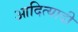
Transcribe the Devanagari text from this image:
आदित्यादी